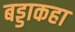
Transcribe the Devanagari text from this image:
बड्डाकहा